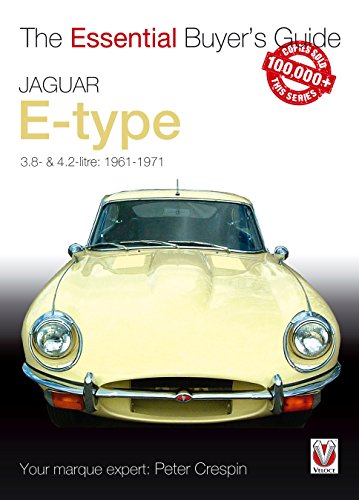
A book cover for Jaguar E-Type: The Essential Buyer's Guide; Peter Crespin; Engineering & Transportation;